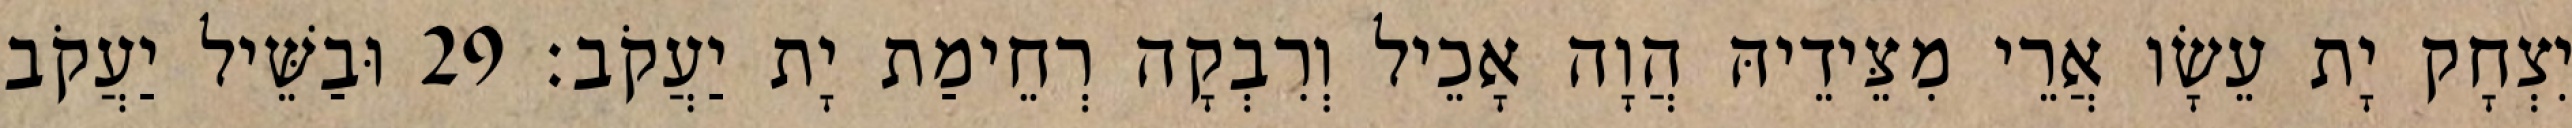
יִצְחָק יָת עֵשָׂו אֲרֵי מִצֵּידֵיהּ הֲוָה אָכֵיל וְרִבְקָה רְחֵימַת יָת יַעֲקֹב׃ 29 וּבַשֵּׁיל יַעֲקֹב